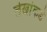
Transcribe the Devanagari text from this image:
लेखांकडे